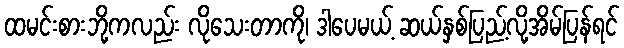
ထမင်းစားဘို့ကလည်း လိုသေးတာကို၊ ဒါပေမယ့် ဆယ်နှစ်ပြည့်လို့အိမ်ပြန်ရင်